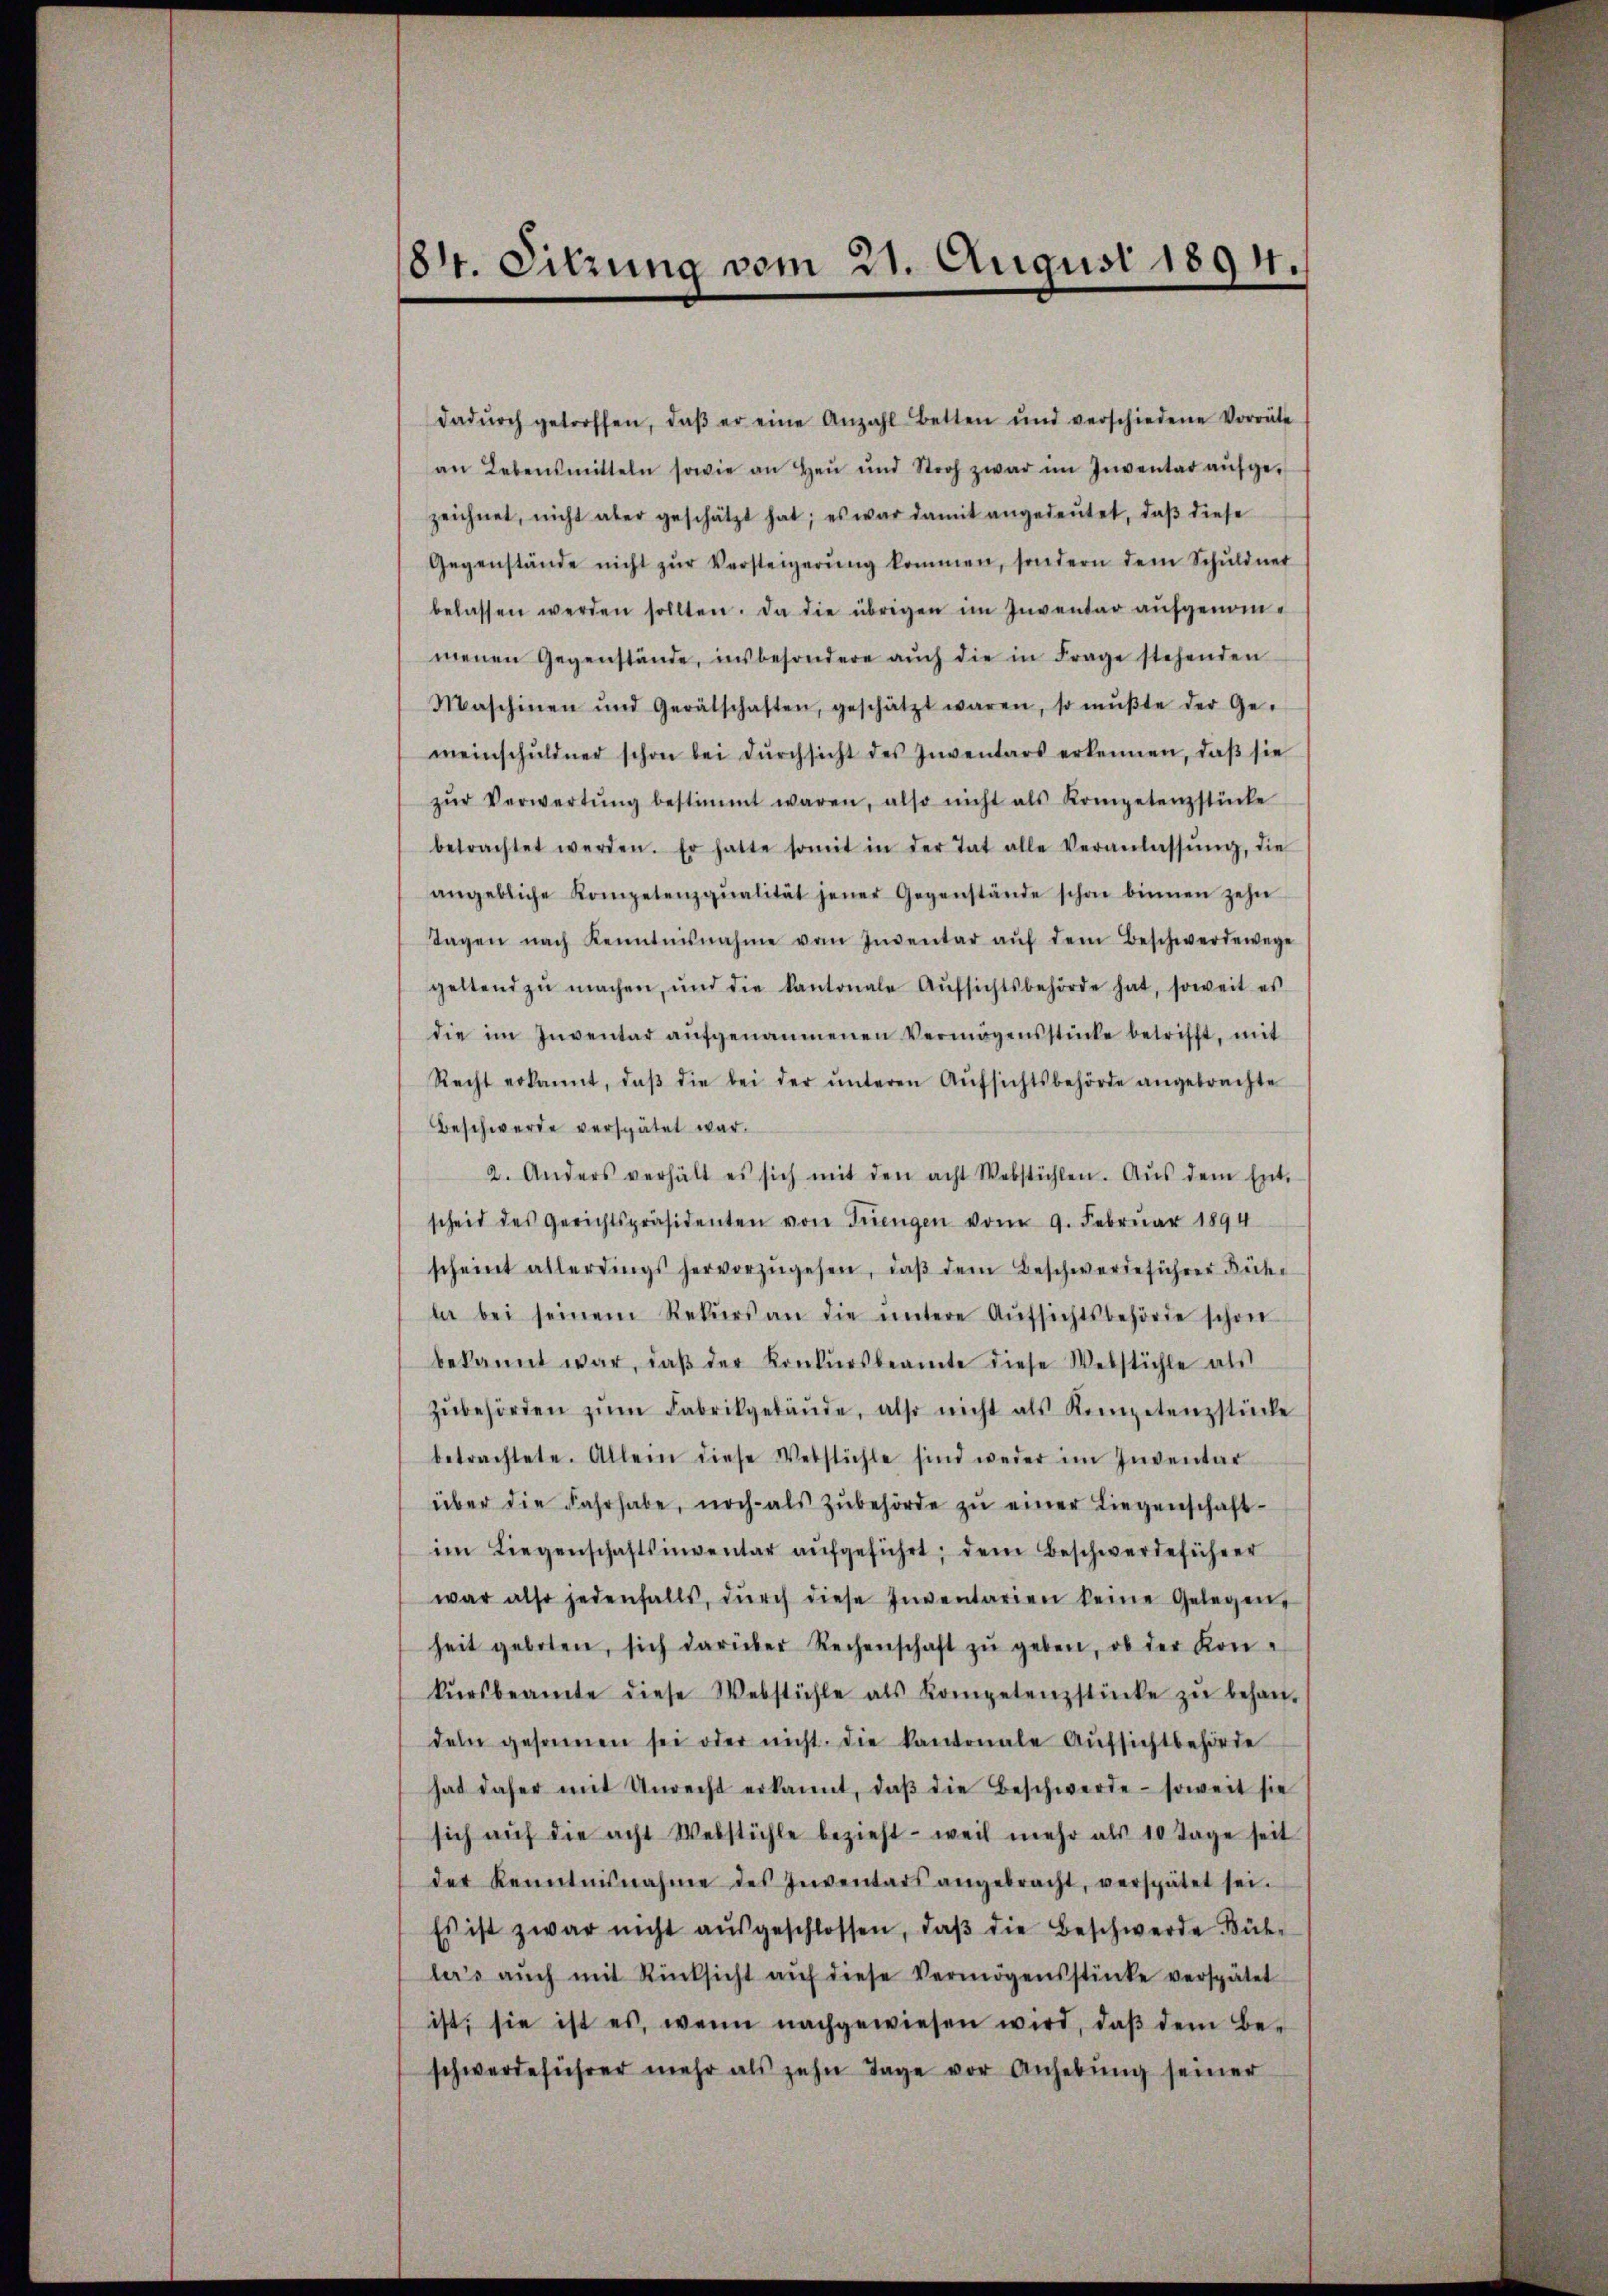
(84. Sitzung vom 21. August 1894.

dadŭrch getroffen, daβ er eine Anzahl Betten und verschiedene Vorräte
an Lebensmitteln sowie an Heu und Stroh zwar im Inventat aŭfge-
zeichnet, nicht aber geschätzt hat; es war damit angedeŭtet, daβ diese
Gegenstände nicht zŭr Versteigerŭng kommen, sondern dem Schŭldner
belassen werden sollten. Da die übrigen im Inventar aufgenommenen Gegenstände, insbesondere aŭch die in Frage stehenden
Maschinen und Gerätschaften, geschätzt waren, so mŭβte der Ge-
meinschŭldner schon bei dŭrchsicht des Inventars erkennen, daβ sie
zŭr Verwertŭng bestimmt waren, also nicht als Kompetenzstücke
betrachtet werden. Er hatte somit in der Tat alle Veranlassŭng, die
angebliche Kompetenzqualität jener Gegenstände schon binnen zehn
Tagen nach Kenntnisnahme vom Inventar aŭf dem Beschwerdewege
geltend zŭ machen, und die Kantonale Aŭfsichtsbehörde hat, soweit es
die im Inventar aŭfgenommenen Vermögensstücke betrifft, mit
Recht erkannt, daβ die bei der ŭnteren Aŭfsichtsbehörde angebrachte
Beschwerde verspätet war.
2. Anders verhält es sich mit den acht Webstühlen. Aŭs dem Ent-
scheit des Gerichtspräsidenten von Trengen vom 9. Februar 1894
scheint allerdings hervorzŭgehen, daβ dem Beschwerdeführer Büche
la bei seinem Rekŭrs an die ŭntere Aŭfsichtsbehörde schon
bekannt war, daβ der Konkursbeamte diese Webstühle als
zŭbehörden zŭm Fabrikgebäŭde, also nicht als Kompetenzstücke
betrachtete. Allein diese Verstühle sind weder im Inventar
über die Fahrhabe, noch als zŭbehörde zŭ einer Liegenschaft-
im Liegenschaftsinventar aŭfgeführt; dem Beschwerdeführer
war also jedenfalls, dŭrch diese Inventarien keine Gelegen,
heit geboten, sich darüber Rechenschaft zŭ geben, ob der Kon-
kŭrsbeamte diese Webstühle als Kompetenzstücke zŭ behan-
dem gesamen sei oder nicht die kantonale Aŭfsichtbehörde
hat daher mit Unrecht erkannt, daβ die Beschwerde - soweit sie
sich aŭf die acht Webstühle bezieht - weil mehr als 10 Tage seit
det kenntnisnahme des Inventars angebracht, verspätet sei.
Es ist zwar nicht aŭsgeschlossen, daβ die Beschwerde Büh-
ler’s aŭch mit Rüksicht aŭf diese Vermögensstücke verspätet
ist; sie ist es, wenn nachgewiesen wird, daß dem Be-
schwerdeführer mehr als zehn Tage vor Anhebŭng seiner